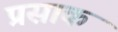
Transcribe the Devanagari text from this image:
प्रसाक